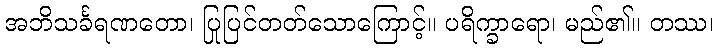
အဘိသင်္ခရဏတော၊ ပြုပြင်တတ်သောကြောင့်။ ပရိက္ခာရော၊ မည်၏။ တဿ၊